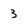
Character: 3